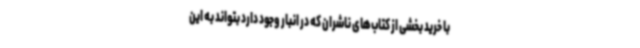
با خرید بخشی از کتاب‌های ناشران که در انبار وجود دارد بتواند به این